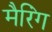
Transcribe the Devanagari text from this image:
मैरिंग